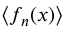
\langle f _ { n } ( x ) \rangle